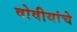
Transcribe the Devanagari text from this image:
वोवीयांचे